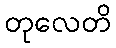
တုလေတိ